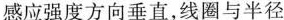
感应强度方向垂直，线圈与半径